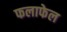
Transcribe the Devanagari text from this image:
फलाफेल